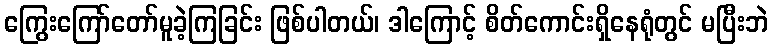
ကြွေးကြော်တော်မူခဲ့ကြခြင်း ဖြစ်ပါတယ်၊ ဒါကြောင့် စိတ်ကောင်းရှိနေရုံတွင် မပြီးဘဲ